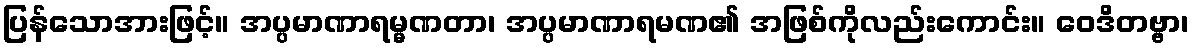
ပြန်သောအားဖြင့်။ အပ္ပမာဏာရမ္မဏတာ၊ အပ္ပမာဏာရမဏ၏ အဖြစ်ကိုလည်းကောင်း။ ဝေဒိတဗ္ဗာ၊